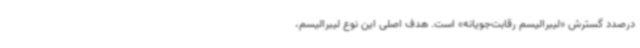
درصدد گسترش «لیبرالیسم رقابت‌جویانه» است. هدف اصلی این نوع لیبرالیسم،